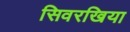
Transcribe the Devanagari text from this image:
सिवरखिया